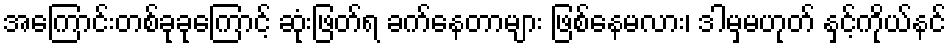
အကြောင်းတစ်ခုခုကြောင့် ဆုံးဖြတ်ရ ခက်နေတာများ ဖြစ်နေမလား၊ ဒါမှမဟုတ် နှင့်ကိုယ်နင်